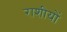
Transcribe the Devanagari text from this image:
राशीयों